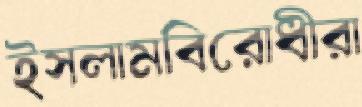
ইসলামবিরোধীরা